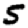
Digit: 5